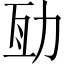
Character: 𠡚